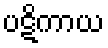
ပဋိကာယ